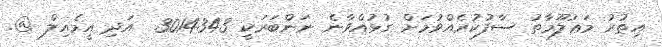
އިތުރު މަޢުލޫމާތު ސާފުކުރެއްވުމަށް ގުޅުއްވާނެ ނަންބަރަކީ 3014343  އަދި އީމެއިލް @.